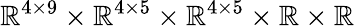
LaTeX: \mathbb{R}^{4\times 9}\times\mathbb{R}^{4\times 5}\times\mathbb{R}^{4\times 5}\times\mathbb{R}\times\mathbb{R}